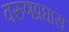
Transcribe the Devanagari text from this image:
वरुणप्रघास